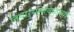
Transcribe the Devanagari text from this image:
निवाऱ्याजवळच्या